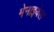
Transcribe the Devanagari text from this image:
मेनाइयेल